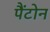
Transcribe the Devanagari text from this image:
पैंटोन